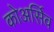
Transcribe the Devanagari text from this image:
कोअर्सिव